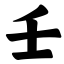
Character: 壬